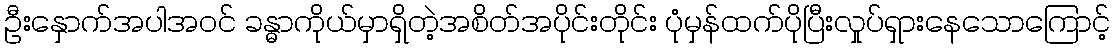
ဦးနှောက်အပါအဝင် ခန္ဓာကိုယ်မှာရှိတဲ့အစိတ်အပိုင်းတိုင်း ပုံမှန်ထက်ပိုပြီးလှုပ်ရှားနေသောကြောင့်